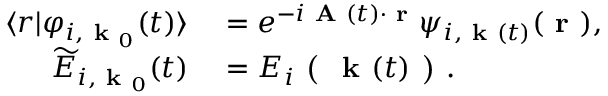
\begin{array} { r l } { \langle r \lvert \varphi _ { i , \textbf { k } _ { 0 } } ( t ) \rangle } & { { } = e ^ { - i \textbf { A } ( t ) \cdot \textbf { r } } \psi _ { i , \textbf { k } ( t ) } ( \textbf { r } ) , } \\ { \widetilde { E } _ { i , \textbf { k } _ { 0 } } ( t ) } & { { } = E _ { i } \textbf { ( } \textbf { k } ( t ) \textbf { ) } . } \end{array}